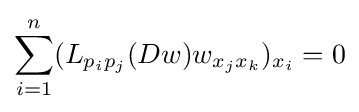
\sum \limits _{i=1}^{n}(L_{p_{i}p_{j}}(Dw)w_{x_{j}x_{k}})_{x_{i}}=0